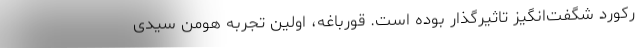
رکورد شگفت‌انگیز تاثیرگذار بوده است. قورباغه، اولین تجربه هومن سیدی